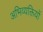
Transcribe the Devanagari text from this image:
अभिव्‍यक्तियों